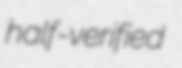
half-verified